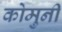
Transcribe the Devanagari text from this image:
कोमुनी